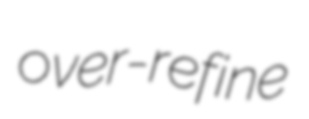
over-refine